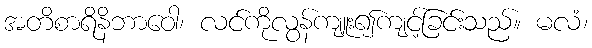
အတိစာရိနိဘာဝေါ၊ လင်ကိုလွန်ကျူး၍ကျင့်ခြင်းသည်။ မလံ၊